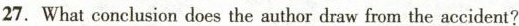
27. What conclusion does the author draw from the accident?